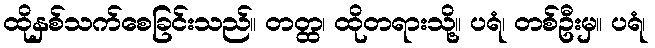
ထိုနှစ်သက်စေခြင်းသည်။ တတ္ထ၊ ထိုတရားသို့။ ပရံ၊ တစ်ဦးမှ။ ပရံ၊